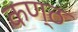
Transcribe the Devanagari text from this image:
कण्‍ठ